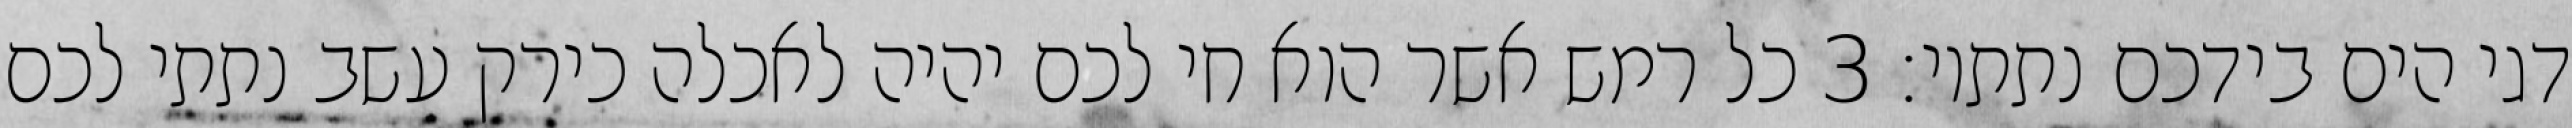
דגי הים בידכם נתתיו׃ ‎3‏ כל רמש אשר הוא חי לכם יהיה לאכלה כירק עשב נתתי לכם